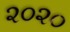
૨૦૨૦